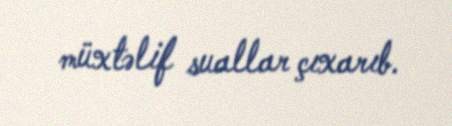
müxtəlif suallar çıxarıb.